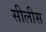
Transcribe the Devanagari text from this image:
सीलीस